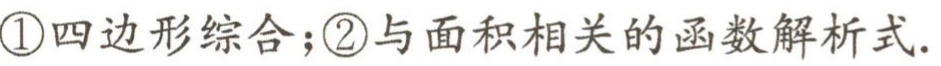
\textcircled{1}四边形综合；\textcircled{2}与面积相关的函数解析式.